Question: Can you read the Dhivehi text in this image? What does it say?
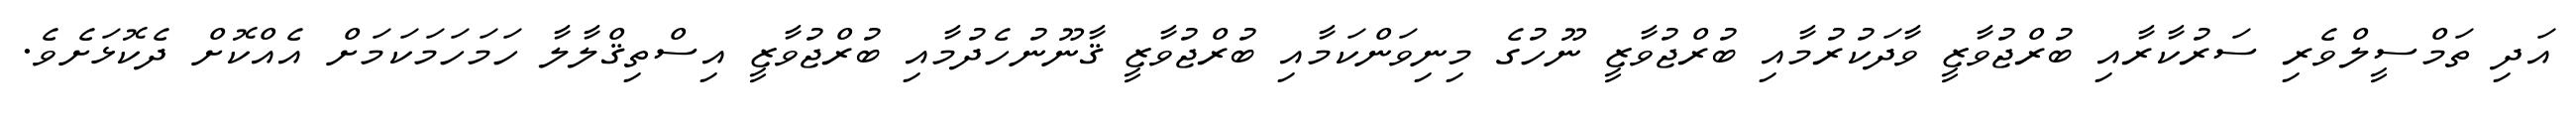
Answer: އަދި ތަމްސީލްވެރި ސަރުކާރާއި ބުރްޖުވާޒީ ވާދަކުރުމާއި ބުރްޖުވާޒީ ނޫހުގެ މިނިވަންކަމާއި ބުރްޖުވާޒީ ޤާނޫނުހެދުމާއި ބުރްޖުވާޒީ އިސްތިޤްލާލާ ހަމަހަމަކަމަށް އެއްކޮށް ދެކޮޅަށެވެ.